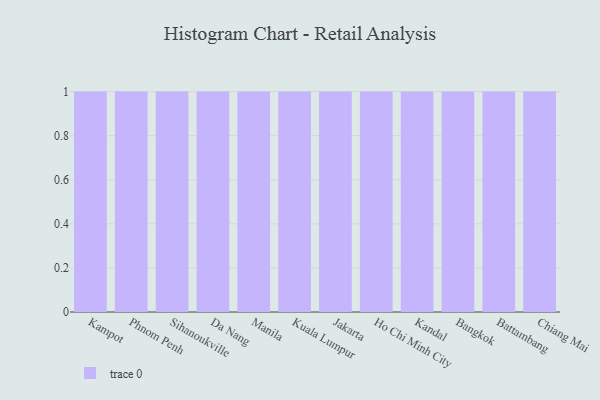
{"axis": {"x": "City", "y": "Waste Production (Tons)"}, "legend": [""], "data": [{"x": "Kampot", "y": 35, "type": ""}, {"x": "Phnom Penh", "y": 48, "type": ""}, {"x": "Sihanoukville", "y": 97, "type": ""}, {"x": "Da Nang", "y": 52, "type": ""}, {"x": "Manila", "y": 50, "type": ""}, {"x": "Kuala Lumpur", "y": 80, "type": ""}, {"x": "Jakarta", "y": 98, "type": ""}, {"x": "Ho Chi Minh City", "y": 16, "type": ""}, {"x": "Kandal", "y": 85, "type": ""}, {"x": "Bangkok", "y": 53, "type": ""}, {"x": "Battambang", "y": 27, "type": ""}, {"x": "Chiang Mai", "y": 25, "type": ""}]}